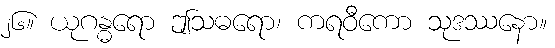
၂၆။ ယုဂန္ဓရော ဤသဓရော၊ ကရဝီကော သုဒဿနော။